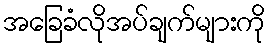
အခြေခံလိုအပ်ချက်များကို